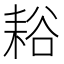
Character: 䎥